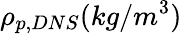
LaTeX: \rho_{p,DNS}(kg/m^{3})